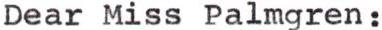
Dear Miss Palmgren: